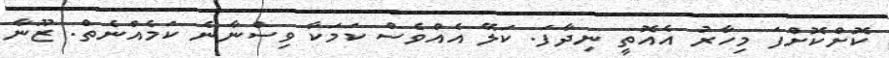
ކޮށްކޮށްފަ މިހާރު އެއޮތީ ނިދާފަ. ކަލޭ އެއްވެސް ކަމަކާ ވިސްނާނެ ކަމެއްނެތް. ޒޫނާ